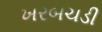
ખરબચડી